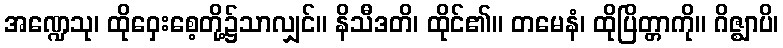
အဏ္ဍေသု၊ ထိုဝှေးစေ့တို့၌သာလျှင်။ နိသီဒတိ၊ ထိုင်၏။ တမေနံ၊ ထိုပြိတ္တာကို။ ဂိဇ္ဈာပိ၊